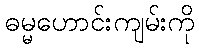
ဓမ္မဟောင်းကျမ်းကို